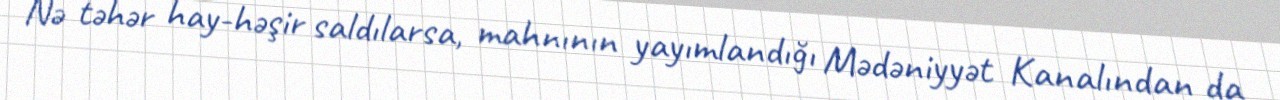
Nə təhər hay-həşir saldılarsa, mahnının yayımlandığı Mədəniyyət Kanalından da